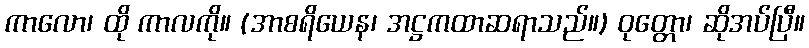
ကာလော၊ ထို ကာလကို။ (အာစရိယေန၊ အဋ္ဌကထာဆရာသည်။) ဝုတ္တော၊ ဆိုအပ်ပြီ။